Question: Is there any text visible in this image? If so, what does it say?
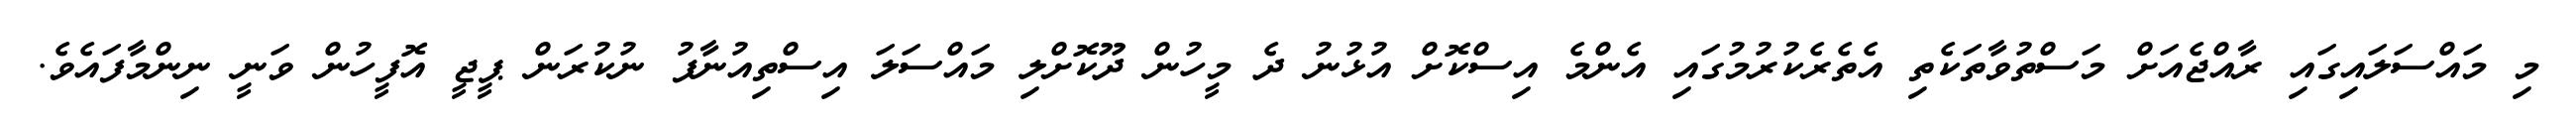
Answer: މި މައްސަލައިގައި ރާއްޖެއަށް މަސްތުވާތަކެތި އެތެރެކުރުމުގައި އެންމެ އިސްކޮށް އުޅުނު ދެ މީހުން ދޫކޮށްލި މައްސަލަ އިސްތިއުނާފު ނުކުރަން ޕީޖީ އޮފީހުން ވަނީ ނިންމާފައެވެ.